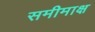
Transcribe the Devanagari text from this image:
समीमाक्ष